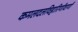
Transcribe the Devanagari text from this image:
कमलदलविहारिणीवाणी